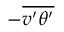
- \overline { { v ^ { \prime } \theta ^ { \prime } } }